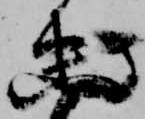
末